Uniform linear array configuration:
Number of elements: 4
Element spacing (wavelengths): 0.25
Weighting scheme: cosine
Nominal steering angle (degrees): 0
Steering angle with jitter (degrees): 0.8131
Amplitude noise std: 0.05
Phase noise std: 0.05

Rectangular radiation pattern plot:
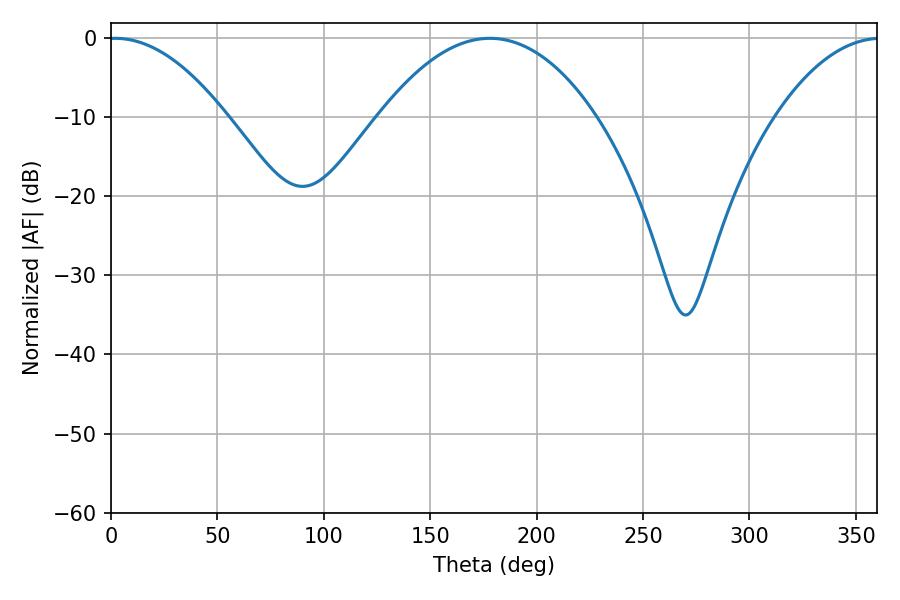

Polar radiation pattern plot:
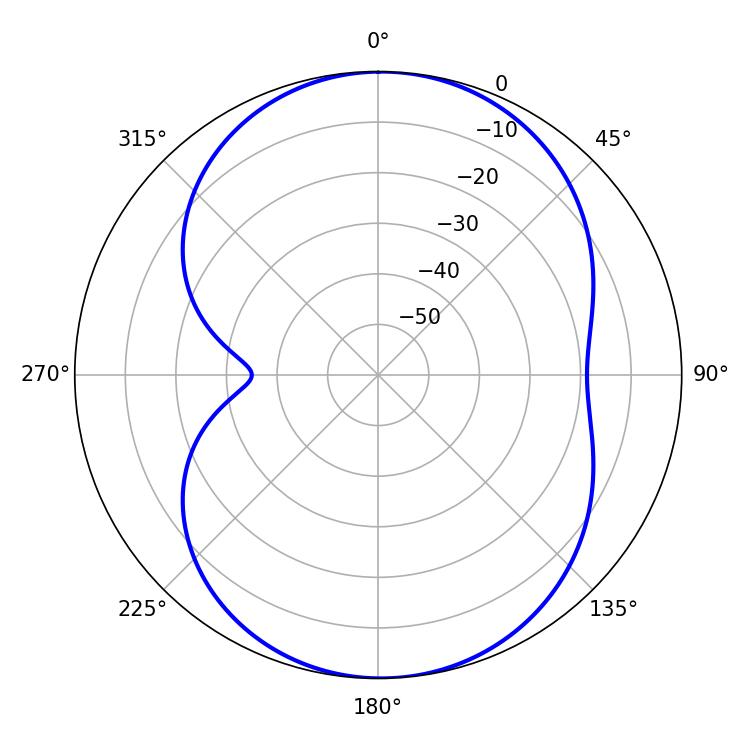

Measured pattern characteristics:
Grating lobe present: FALSE
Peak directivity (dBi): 12.779
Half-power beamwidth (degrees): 30.6
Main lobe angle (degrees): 1.98